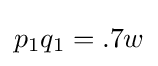
p_{1}q_{1}=.7w